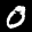
Label: 0